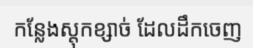
កន្លែងស្តុកខ្សាច់ ដែលដឹកចេញ